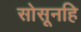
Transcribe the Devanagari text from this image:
सोसूनहि